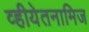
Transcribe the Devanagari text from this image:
व्हीयेतनामिज